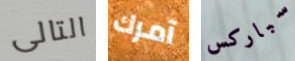
التالى آمرك سباركس